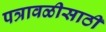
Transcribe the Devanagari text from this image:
पत्रावळीसाठी